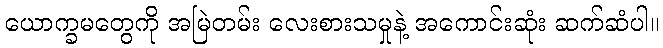
ယောက္ခမတွေကို အမြဲတမ်း လေးစားသမှုနဲ့ အကောင်းဆုံး ဆက်ဆံပါ။